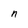
Character: n